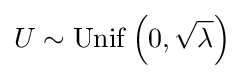
U\sim \mathrm {Unif} \left(0,{\sqrt {\lambda }}\right)